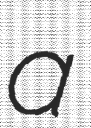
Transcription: a